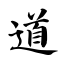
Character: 道